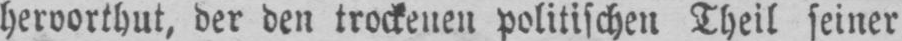
hervorthut, der den trockenen politischen Theil seiner